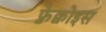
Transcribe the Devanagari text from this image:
फ़्रेक्वोइस